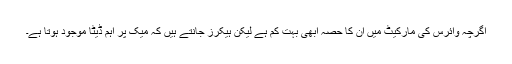
اگرچہ وائرس کی مارکیٹ میں ان کا حصہ ابھی بہت کم ہے لیکن ہیکرز جانتے ہیں کہ میک پر اہم ڈیٹا موجود ہوتا ہے۔